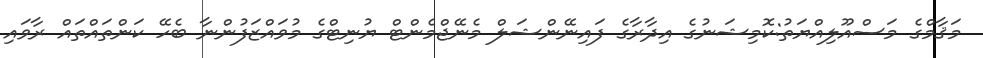
މަޤާމްގެ މަސްއޫލިއްޔަތު:ކޮމިޝަނުގެ އިދާރާގެ ފައިނޭންޝަލް މެނޭޖްމެންޓް ޔުނިޓްގެ މުވައްޒަފުންނާ ބެހޭ ކަންތައްތައް ރާވައި